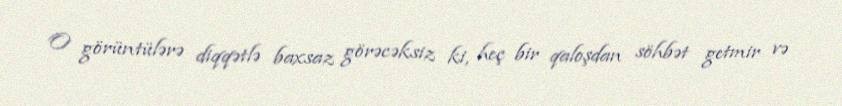
O görüntülərə diqqətlə baxsaz görəcəksiz ki, heç bir qaloşdan söhbət getmir və